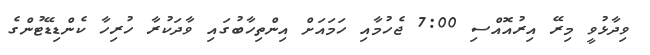
ވިދާޅުވީ މިރޭ އިރުއޮއްސި 7:00 ޖެހުމާއި ހަމައަށް އިންތިހާބުގައި ވާދަކުރާ ހުރިހާ ކެންޑިޑޭޓުންގެ